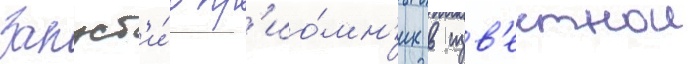
Запуст'и́в пр'ио́мн'ик в изв'естнои